Report on vaccination in Madras 1922-1929 - 1922-1929
Year: 1922
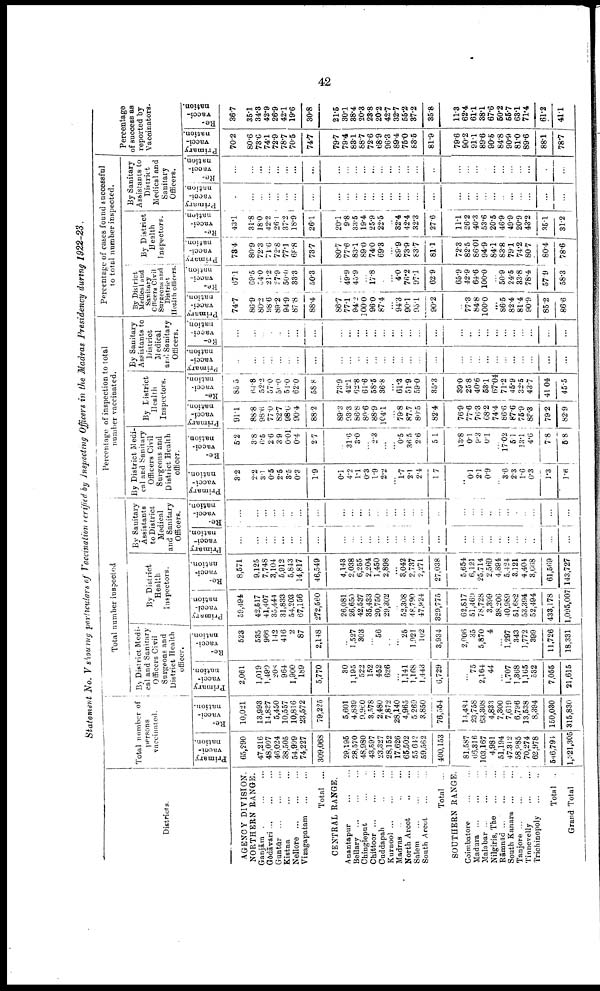
42
Statement No. V showing particulars of Vaccination verified by Inspecting Officers in the Madras Presidency during 1922-23.
Districts.
AGENCY DIVISION.
NORTHERN RANGE.
Ganjām ... ...
Gōdāvari ... ... ...
Guntūr ... ... ...
Kistna ... ...
Nellore
...
...
...
Vizagapatam
...
...
Total ...
CENTRAL RANGE.
Anantapur ... ...
Bellary
...
...
...
Chingleput ... ...
Chittoor ... ... ...
Cuddapah ... ...
Kurnool
...
...
...
Madras
...
...
...
North Arcot
...
...
Salem ... ... ...
South Arcot ... ...
Total ...
SOUTHERN RANGE.
Coimbatore ... ...
Madura
...
...
...
Malabar
...
...
...
Nilgiris, The
...
...
Rāmnād ... ... ...
South Kanara ... ...
Tanjore ... ...
Tinnevelly
...
...
Trichinopoly
...
...
Total ...
Grand Total
Total number of
persons
vaccinated.
Primary
vacci
nation.
65,290
47,216
48,097
46,024
38,505
54,999
74,227
309,068
29,195
28,570
48,980
43,597
23,827
28,152
17,626
65,502
55,642
59,562
400,153
81,587
66,316
103,167
4,981
51,194
47,312
58,985
70,274
62,978
546,794
1,321,305
Re¬
vacci
nation.
10,021
13,993
14,837
5,450
10,557
10,816
23,572
79,225
5,601
4,839
9,960
3,578
2,480
7,872
28,140
4,965
5,260
3,850
76,554
14,434
23,758
63,308
4,833
7,300
7,619
6,796
13,538
8,394
150,030
315,830
Total number inspected
By District Medi
cal and Sanitary
Officers Civil
Surgeons and
District Health
officer.
Primary
vacci
nation.
2,061
1,019
1,490
208
964
1,900
189
5,770
30
1,195
522
152
452
626
...
1,141
1,168
1,443
6,729
...
75
2,164
44
...
1,707
1,368
1,165
532
7,055
21,615
Re¬
vacci
nation.
523
535
966
142
416
2
87
2,148
...
1,527
303
...
56
...
...
25
1,921
102
3,934
2,006
35
5,870
4
...
1,297
343
1,772
399
11,726
18,331
By District
Health
Inspectors.
Primary
vacci¬
nation.
59,494
42,517
41,407
35,444
31,833
54,203
67,156
272,560
26,081
26,650
42,537
35,433
20,750
29,302
...
52,308
48,790
47,924
329,775
62,817
51,469
78,728
3,399
38,206
40,989
51,682
53,394
52,494
433,178
1,095,007
Re¬
vacci¬
nation.
8,571
9,125
7,748
3,104
5,912
5,843
14,817
46,549
4,143
2,038
6,255
2,204
1,450
2,898
...
3,042
2,737
2,271
27,038
5,654
6,121
25,714
2,569
4,894
5,424
3,121
4,404
3,668
61,569
143,727
By Sanitary
Assistants
to District
Medical
and Sanitary
Officers.
Primary
vacci
nation.
...
...
...
...
...
...
...
...
...
...
...
...
...
...
...
...
...
...
...
...
...
...
...
...
...
...
...
...
...
...
Re-
vacci
nation.
...
...
...
...
...
...
...
...
...
...
...
...
...
...
...
...
...
...
...
...
...
...
...
...
...
...
...
...
...
...
Percentage of inspection to total
number vaccinated.
By District Medi¬
cal and Sanitary
Officers Civil
Surgeons and
District Health
officer.
Primary
vacci
nation.
3.2
2.2
3.1
0.5
2.5
3.5
0.3
1.9
0.1
4.2
1.1
0.3
1.9
2.2
...
1.7
2.1
2.4
1.7
...
0.1
2.1
0.9
...
3.6
2.3
1. 6
0.3
1.3
1.6
Re-
vacci
nation.
5.2
3.8
6.5
2.6
3.9
0.01
0.4
2.7
...
31.6
3.0
...
2.3
...
...
0.5
36.5
2.6
51
13.8
0.1
9.3
0.1
...
17.02
5.1
13.1
4.6
7.8
5.8
By District
Health
Inspectors.
Primary
vacci
nation.
91.1
888
98.6
77.0
82.7
98.6
90.4
88.2
89.3
93.3
86.8
80.6
88.9
104.1
...
79.8
87.7
80.5
82.4
76.9
77.6
76.3
68.2
74.4
86.6
87.6
75.9
83.3
79.2
82.9
Re-
vacci
nation.
85.5
64.8
52.2
57.0
50.0
54.0
62.0
58.8
73.9
42.1
62.8
61.6
58.5
36.8
...
61.3
51.9
59.0
35.3
39.0
25. 8
40.6
53.1
67.04
71.2
45.9
32.5
43.7
41.04
45.5
By Sanitary
Assistants to
District
Medical
and Sanitary
Officers.
Primary
vacci
nation.
...
...
...
...
...
...
...
...
...
...
...
...
...
...
...
...
...
...
...
...
...
...
...
...
...
...
...
...
...
...
Re-
vacci
nation.
...
...
...
...
...
...
...
...
...
...
...
...
...
...
...
...
...
...
...
...
...
...
...
...
...
...
...
...
...
...
Percentage of cases found successful
to total number inspected.
By District
Medical and
Sanitary
Officers Civil
Surgeons and
District
Health officers.
Primary
vacci
nation.
74.7
86.9
80.2
98.6
89.2
94.9
87.8
88.4
86.7
77.1
94.2
100.0
96.0
87.4
...
94.3
90.1
95.1
90.2
...
77.3
84.8
100.0
...
86.5
82.4
81.4
90.9
85.2
86.6
Re-
vacci-
nation.
67.1
69.5
54.0
21.2
27.9
50.0
33.3
50.3
...
49.9
45.9
...
17.8
...
...
4.0
76.2
97.1
62.9
65.9
42.9
64.6
100.0
...
50.9
24.5
33.8
78.4
57.9
58.3
By District
Health
Inspectors.
Primary
vacci
nation.
78.4
80.9
72.3
71.6
72.8
77.1
68.8
73.7
80.7
77.6
83.1
89.0
74.0
69.3
...
89.9
73.9
83.7
81.1
72.3
82.5
86.01
94.9
84.1
83.8
79.1
74.2
80.7
80.4
78.6
Re-
vacci
nation.
43.1
31.8
18.0
42.2
26.1
37.2
18.9
26.1
20.1
9.8
33.5
19.4
25.9
22.5
...
32.4
42.4
32.3
27.6
11.1
26.2
40.3
53.6
20.5
46.9
49.9
20.9
43.2
35.1
31.2
By Sanitary
Assistants to
District
Medical and
Sanitary
Officers.
Primary
vacci
nation.
...
...
...
...
...
...
...
...
...
...
...
...
...
...
...
...
...
...
...
...
...
...
...
...
...
...
...
...
...
...
Re-
vacci-
nation.
...
...
...
...
...
...
...
...
...
...
...
...
...
...
...
...
...
...
...
...
...
...
...
...
...
...
...
...
...
...
Percentage
of success as
reported by
Vaccinators.
Primary
vacci
nation.
70.2
80.6
73.6
74.1
72.9
78.7
70.5
74.7
79.7
79.4
83.1
88.7
72.6
68.9
96.3
89.4
75.0
83.5
81.9
79.6
90.2
91.1
89.6
90.5
84.8
90.9
81.0
89.6
88.1
78.7
Re-
vacci-
nation.
36.7
35.1
34.3
42.9
26.9
42.1
19.6
30.8
21.5
30.1
88.4
20.3
23.8
20.2
42.7
32.7
55.2
37.2
35.8
11.3
62.4
61.1
38.1
67.6
50.2
55.7
68.1
71.4
61.2
41.1